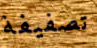
تصفيفة